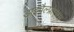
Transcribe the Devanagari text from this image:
डाइवैल्प्रोएक्स